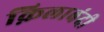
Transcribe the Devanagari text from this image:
क़िलाबंदी